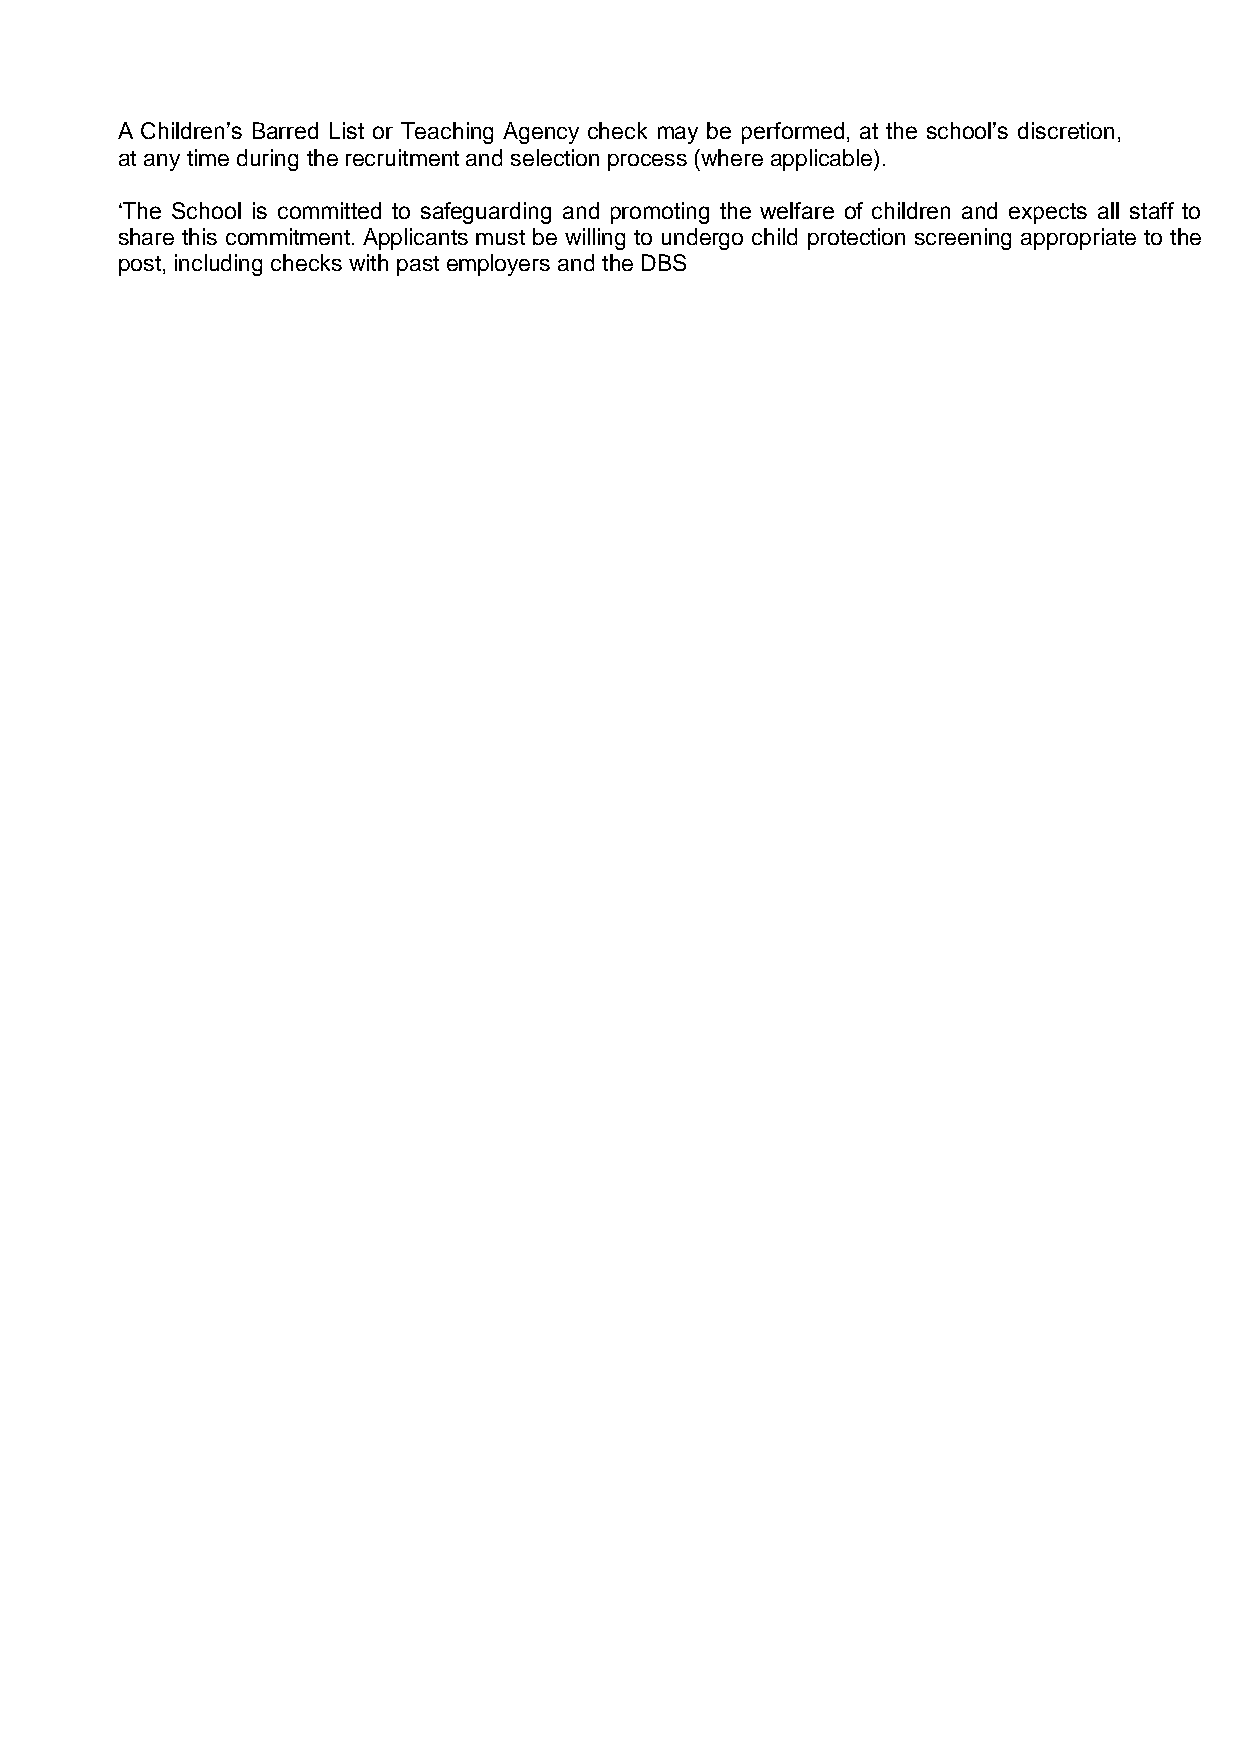
A Children’s Barred List or Teaching Agency check may be performed, at the school’s discretion,
 at any time during the recruitment and selection process (where applicable).
 ‘The School is committed to safeguarding and promoting the welfare of children and expects all staff to
 share this commitment. Applicants must be willing to undergo child protection screening appropriate to the
 post, including checks with past employers and the DBS